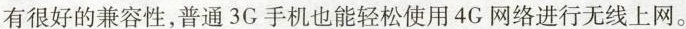
有很好的兼容性，普通3G手机也能轻松使用4G网络进行无线上网。